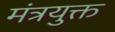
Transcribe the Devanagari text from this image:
मंत्रयुक्त